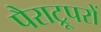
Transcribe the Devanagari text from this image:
पैराट्रूपरों